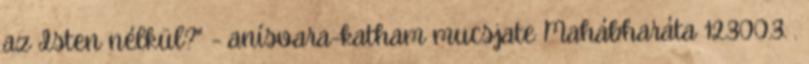
az Isten nélkül?" - anísvara-katham mucsjate Mahábharáta 12.300.3. .